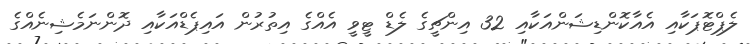
ލެޕްޓޮޕަކާއި އެއާކޮންޑިޝަންއަކާއި 32 އިންޗީގެ ލެޑް ޓީވީ އެއްގެ އިތުރުން އައިޕެޑްއަކާއި ދޮންނަމެޝިނެއްގެ